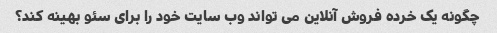
چگونه یک خرده فروش آنلاین می تواند وب سایت خود را برای سئو بهینه کند؟